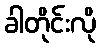
ခါတိုင်းလို